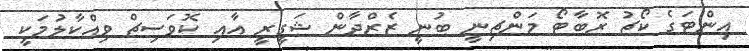
އިންޓަގެ ކޯޗު ރޮބާޓޯ މަންޗިނީ ބުނީ ޒެރްދާން ޝަގީރީ އާއި ކޮވަސިޗް ވިއްކާލުމަކީ